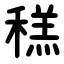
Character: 䅵